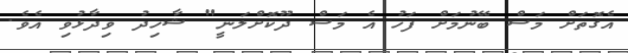
އެގޮތަށް މަސް ބޭނުމަށް ފަހު އެ މަސް ދޫކޮށްލަނީ" ޝާހިދު ވިދާޅުވި އެވެ.